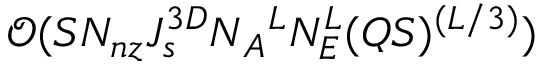
\mathcal { O } ( S N _ { n z } J _ { s } ^ { 3 D } N { _ A } ^ { L } N _ { E } ^ { L } ( Q S ) ^ { ( L / 3 ) } )